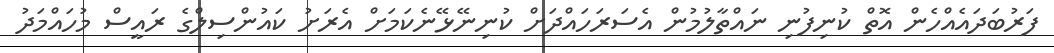
ފަރުބަދައެއްހެން އޮތް ކުނިފުނި ނައްތާލުމުން އެސަރަހައްދަށް ކުނިނޭޅޭނެކަމަށް އެރަށު ކައުންސިލްގެ ރައީސް މުހައްމަދު